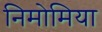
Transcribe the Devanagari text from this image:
निमोमिया